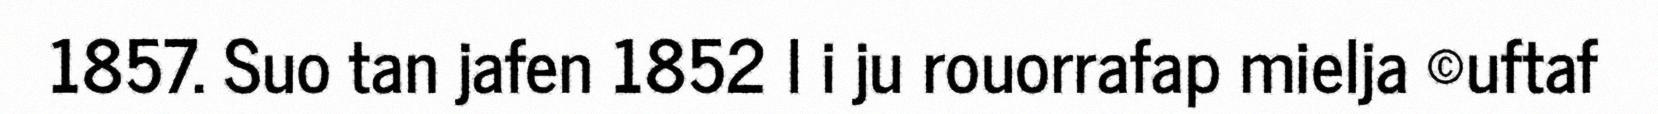
1857. Suo tan jafen 1852 l i ju rouorrafap mielja ©uftaf